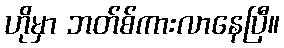
ဟိုမှာ ဘတ်စ်ကားလာနေပြီ။